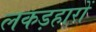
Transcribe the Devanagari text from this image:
लकड़हारों